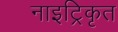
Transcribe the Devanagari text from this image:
नाइट्रिकृत